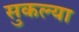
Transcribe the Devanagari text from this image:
सुकल्या